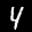
Label: 4